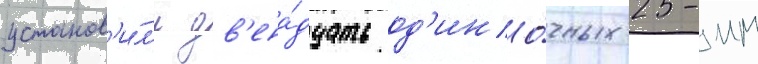
установ'и́л'и дв'ена́дцать од'ино́чных 25-мм